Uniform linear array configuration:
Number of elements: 12
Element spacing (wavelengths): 0.5
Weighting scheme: hamming
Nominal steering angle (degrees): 0
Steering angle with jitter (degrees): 1.96
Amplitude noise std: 0.05
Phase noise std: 0.05

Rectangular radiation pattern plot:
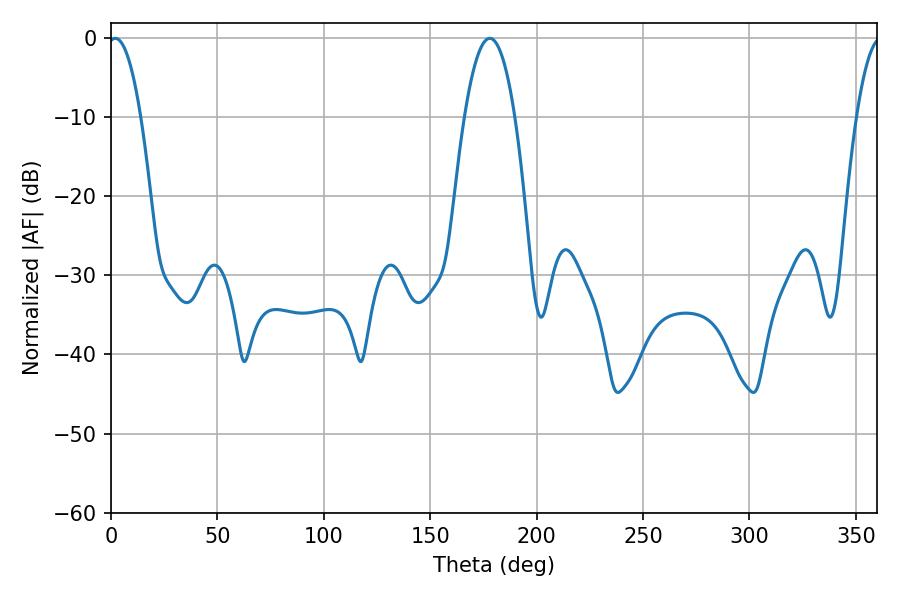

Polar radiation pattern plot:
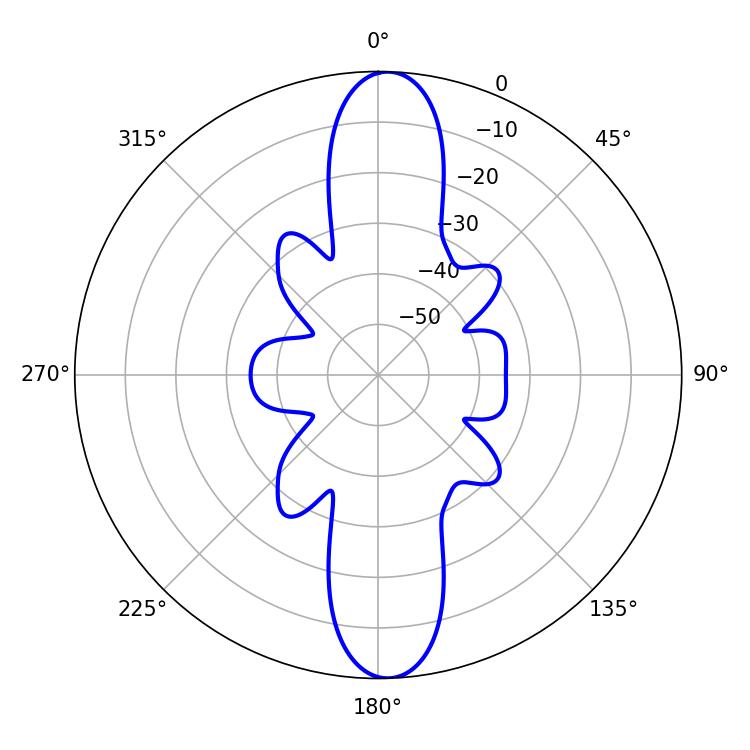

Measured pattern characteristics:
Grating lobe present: FALSE
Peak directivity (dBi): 20.507
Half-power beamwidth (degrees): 8.64
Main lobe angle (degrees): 1.98